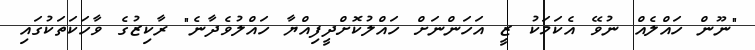
"ނޫން ހައްލެއް ނުވޭ އެކަމަކު ޒީ އަހަންނަށް ހައްލުކޮށްދީފިއްޔާ ހައްލުވެދާނެ" ރާކިޒުގެ ވާހަކަތަކުގައި